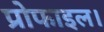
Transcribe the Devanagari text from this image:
प्रोफाइल।